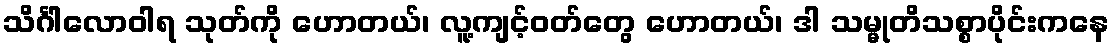
သိင်္ဂါလောဝါရ သုတ်ကို ဟောတယ်၊ လူ့ကျင့်ဝတ်တွေ ဟောတယ်၊ ဒါ သမ္မုတိသစ္စာပိုင်းကနေ